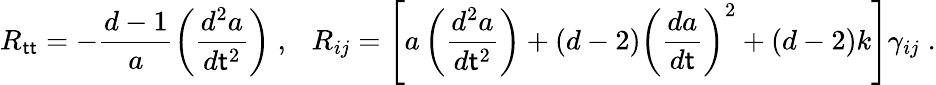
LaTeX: R_{\sf tt}=-\frac{d-1}{a}\left(\frac{d^{2}a}{d{\sf t}^{2}}\right)\; ,~~~R_{ij}=\left[a\left(\frac{d^{2}a}{d{\sf t}^{2}}\right)+(d-2)\left(\frac{da}{d\sf t}\right)^{2}+(d-2)k\right]\gamma_{ij}\; .